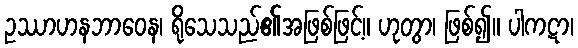
ဥဿာဟနဘာဝေန၊ ရိုသေသည်၏အဖြစ်ဖြင့်။ ဟုတွာ၊ ဖြစ်၍။ ပါကဋာ၊